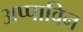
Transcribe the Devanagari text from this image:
अप्पाविन